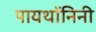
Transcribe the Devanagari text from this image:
पायथॉनिनी